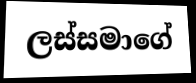
ලස්සමාගේ